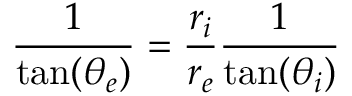
\frac { 1 } { \tan ( \theta _ { e } ) } = \frac { r _ { i } } { r _ { e } } \frac { 1 } { \tan ( \theta _ { i } ) }